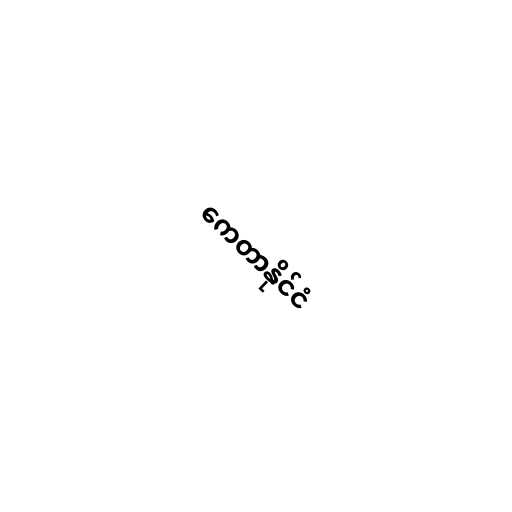
ကေတာနိုင်ငံ